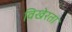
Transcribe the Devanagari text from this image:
विखेरता